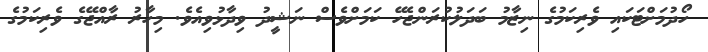
ހޯދުމަށްޓަކައި ވެރިކަމުގެ ނިޒާމު ބަދަލުކުރަންޖެހޭ ކަމަށްވެސް ނަޝީދު ވިދާޅުވިއެވެ. މިހާރު ރާއްޖޭގެ ވެރިކަމުގެ